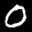
Label: 0